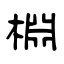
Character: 棩